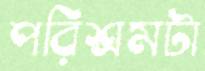
পরিশ্রমটা